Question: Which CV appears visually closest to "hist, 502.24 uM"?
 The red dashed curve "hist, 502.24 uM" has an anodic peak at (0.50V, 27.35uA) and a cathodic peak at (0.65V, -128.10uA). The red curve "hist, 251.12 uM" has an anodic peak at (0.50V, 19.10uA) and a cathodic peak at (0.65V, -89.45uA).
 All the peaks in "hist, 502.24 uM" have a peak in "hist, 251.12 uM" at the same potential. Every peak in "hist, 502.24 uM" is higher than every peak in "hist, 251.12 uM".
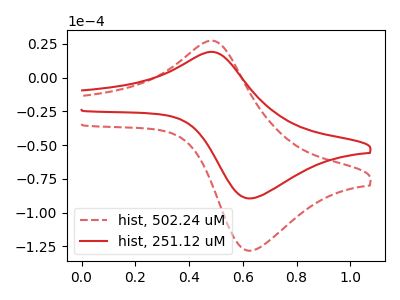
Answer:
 <answer>The CV with the most similar shape to "hist, 251.12 uM" is "hist, 502.24 uM".</answer>
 <eval>"hist, 502.24 uM"</eval>